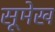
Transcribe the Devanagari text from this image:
सूमेख